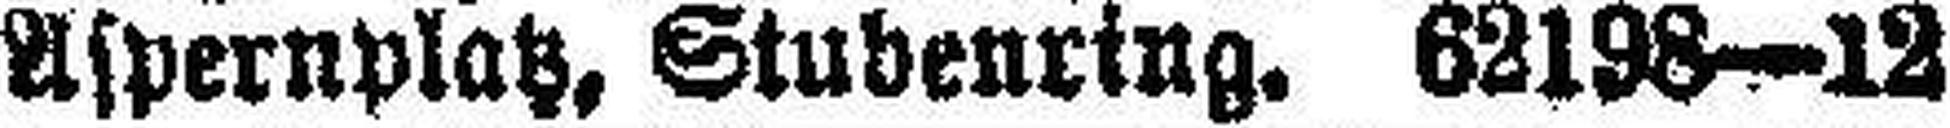
Aspernplatz, Stubenring. 62198—12